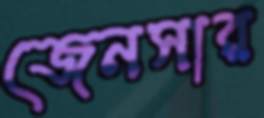
জেনসার